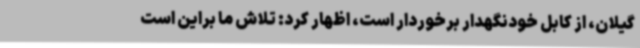
گیلان، از کابل خودنگهدار برخوردار است، اظهار کرد: تلاش ما براین است